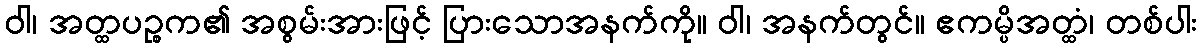
ဝါ၊ အတ္ထပဉ္စက၏ အစွမ်းအားဖြင့် ပြားသောအနက်ကို။ ဝါ၊ အနက်တွင်။ ဧကမ္ပိအတ္ထံ၊ တစ်ပါး